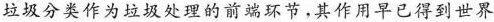
垃圾分类作为垃圾处理的前端环节，其作用早已得到世界